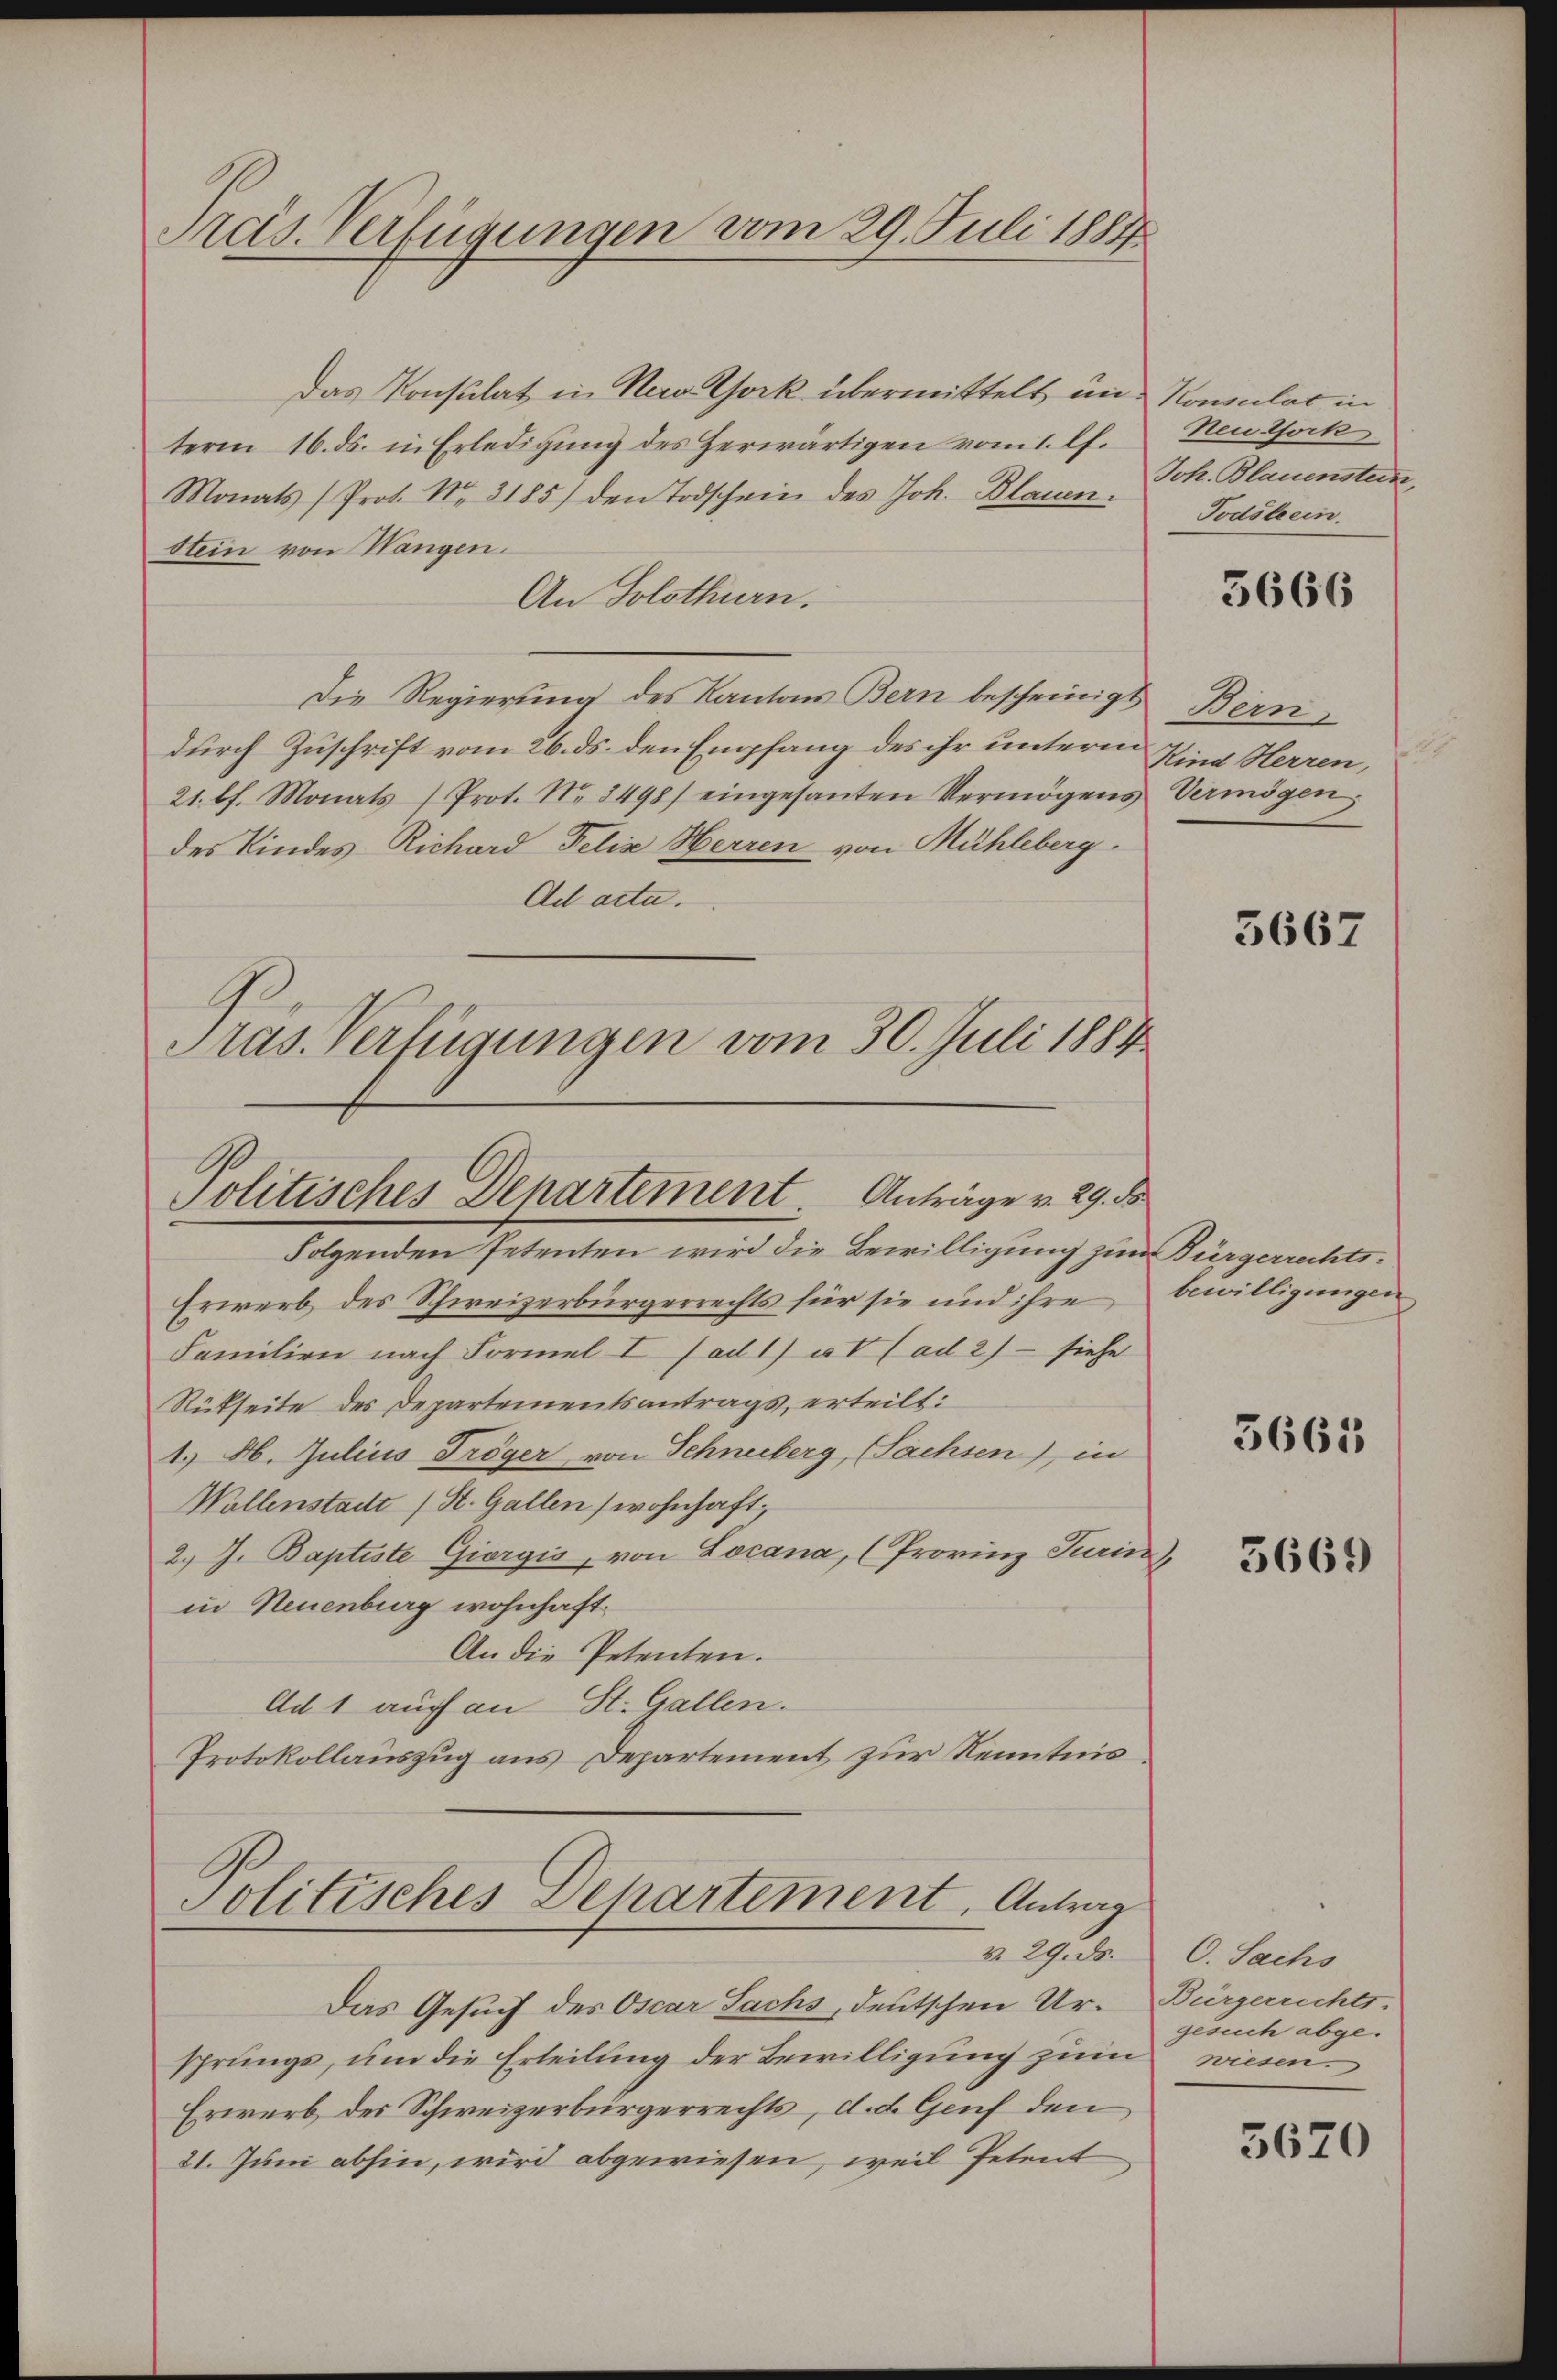
Preis. Verfügungen vom 29. Juli 1884

Das Konsulat in New York übermittelt, und Konsulat in
term 16. ds. in Erledigŭng des herwärtigen vom 1. lf.
Monats (Prot. No. 3185) den Todschein des Joh. Blauen¬
Stein von Wangen.
An Solothurn.
Die Regierung des Kantons Bern bescheinigt Bern
durch Zuschrift vom 26. ds. den Empfang des ihr unterm
21. lt. Monats (Prot. No 8498) eingesanten Vermögens Vermögen,
des Kindes Richard Felix Herren von Mühleberg.
Ad acta.
Pras. Verfügungen vom 30. Juli 1884

Politisches Departement. Anträge v. 29. ds

Folgenden Petenten wird die Bewilligung zum Bürgerrechts¬
Erwerb des Schweizerbürgerrechts für sie und ihre bewilligungen
Familien nach Formel I (ad 1) at (ad 2) — siehe
Rückseite des Departementsantrags erteilt:
1.) Ab. Julius Tröger von Schneeberg, Sachsen), in
Wollenstadt (St. Gallen (wohnhaft,
2.) J. Baptiste Giorgis, von Locana, (Provinz Turin
in Neuenburg wohnhaft.
An die Petenten.
Ad 1 auch an St. Gallen.
Protokollauszug aus Departement zur Kenntnis
Politisches Departement, Antrag
No. 29. ds.
Das Gesuch des Oscar Sachs, deutschen Ursprunge, um die Erteilung der Bewilligung zum
Erwerb des Schweizerbürgerrechts, d. d. Genf den
21. Juni abhin, wird abgewiesen, weil Petent

Neutfork
Joh. Blauensten,
Todstein.

3666

Kind Herren,

3667

3665

3669

C. Sachs
Bürgerrichts-
gesuch abgewiesen.

5620